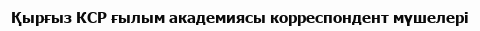
Қырғыз КСР ғылым академиясы корреспондент мүшелері